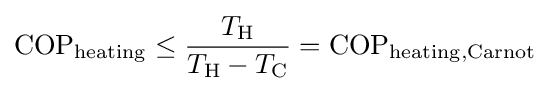
\mathrm {COP} _{\mathrm {heating} }\leq {\frac {T_{\rm {H}}}{T_{\rm {H}}-T_{\rm {C}}}}=\mathrm {COP} _{\mathrm {heating,Carnot} }